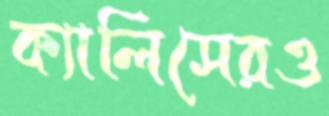
ক্যালিসেরও